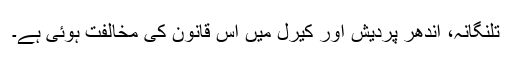
تلنگانہ، آندھر پردیش اور کیرل میں اس قانون کی مخالفت ہوئی ہے۔